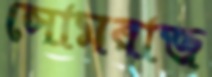
সোমরাজ